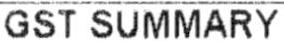
GST SUMMARY